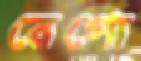
রেগো